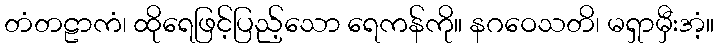
တံတဠာကံ၊ ထိုရေဖြင့်ပြည့်သော ရေကန်ကို။ နဂဝေသတိ၊ မရှာမှီးအံ့။